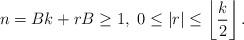
LaTeX: \begin{align*} n=Bk+r B \ge 1, \ 0 \le |r| \le \left\lfloor \frac{k}{2} \right\rfloor.\end{align*}